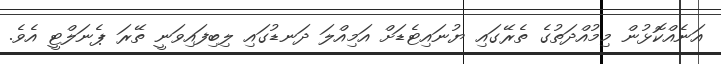
އަނެއްކޮޅުން މިމުއްދަތުގެ ތެރޭގައި ޔުނައިޓެޑަށް އަމިއްލަ ދަނޑުގައި ލިބިފައިވަނީ ތޭރަ ޕެނަލްޓީ އެވެ.